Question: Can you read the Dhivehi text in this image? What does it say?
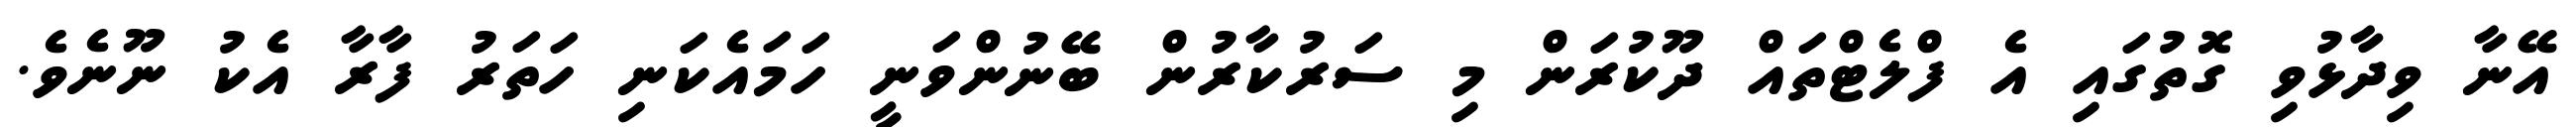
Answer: އޭނާ ވިދާޅުވި ގޮތުގައި އެ ފްލެޓްތައް ދޫކުރަން މި ސަރުކާރުން ބޭނުންވަނީ ހަމައެކަނި ހަތަރު ފާރާ އެކު ނޫނެވެ.